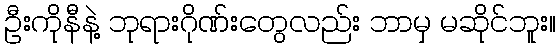
ဦးကိုနီနဲ့ ဘုရားဂိုဏ်းတွေလည်း ဘာမှ မဆိုင်ဘူး။